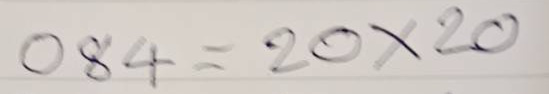
084 = 20x20